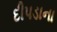
દીપડાના